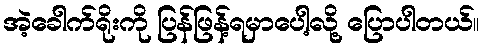
အဲ့ခေါက်ရိုးကို ပြန်ဖြန့်ရမှာပေါ့လို့ ပြောပါတယ်။